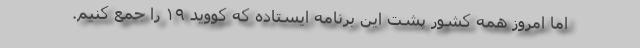
اما امروز همه کشور پشت این برنامه ایستاده که کووید ۱۹ را جمع کنیم.